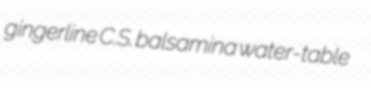
gingerline C.S. balsamina water-table